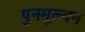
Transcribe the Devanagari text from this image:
पुनमूल्यन